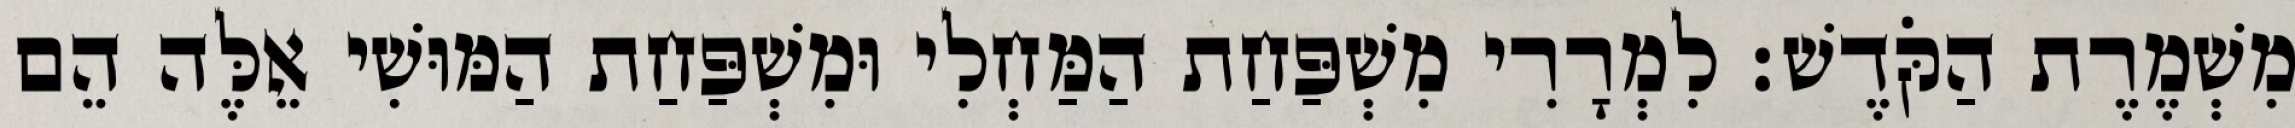
מִשְׁמֶרֶת הַקֹּדֶשׁ׃ לִמְרָרִי מִשְׁפַּחַת הַמַּחְלִי וּמִשְׁפַּחַת הַמּוּשִׁי אֵלֶּה הֵם